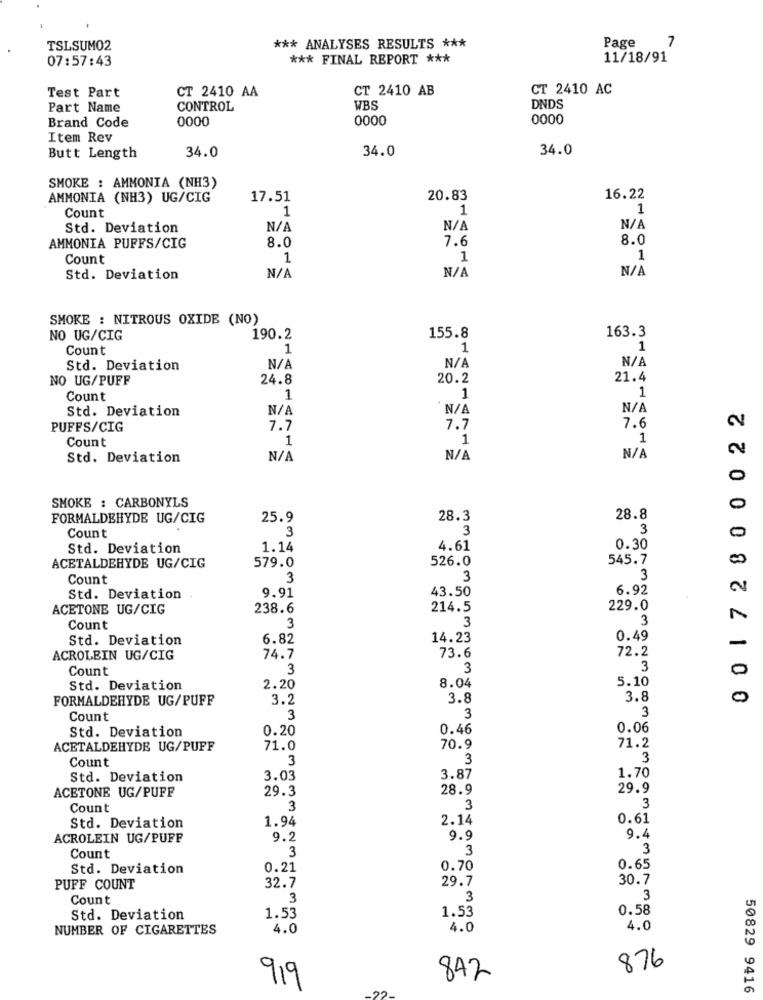
Page
TSLSUM02
*** ANALYSES RESULTS ***
7
07:57:43
*** FINAL REPORT ***
11/18/91
Test Part
CT 2410 AA
CT 2410 AB
CT 2410 AC
Part Name
CONTROL
WBS
DNDS
Brand Code
0000
0000
0000
Item Rev
34.0
34.0
Butt Length
34.0
SMOKE : AMMONIA (NH3)
AMMONIA (NH3) UG/CIG
17.51
20.83
16.22
Count
1
1
1
Std. Deviation
N/I
8.0
7.6
8.0
AMMONIA PUFFS/CIG
Count
1
1
1
Std. Deviation
SMOKE : NITROUS OXIDE (NO)
163.3
NO UG/CIG
190.2
155.8
Count
1
1
1
Std. Deviation
NO UG/PUFF
24.8
20.2
21.4
1
Count
1
1
Std. Deviation
00172800022
2
PUFFS/CIG
7.7
7.7
7.6
Count
1
1
1
2
Std. Deviation
0
SMOKE : CARBONYLS
0
FORMALDEHYDE UG/CIG
25.9
28.3
28.8
Count
3
3
3
0
Std. Deviation
1.14
4.61
0.30
526.0
545.7
ACETALDEHYDE UG/CIG
579.0
Count
3
3
3
9.91
43.50
6.92
Std. Deviation
ACETONE UG/CIG
238.6
214.5
229.0
3
3
Count
3
Std. Deviation
6.82
14.23
0.49
72.2
-
ACROLEIN UG/CIG
74.7
73.6
Count
3
3
3
0
5.10
Std. Deviation
2.20
8.04
FORMALDEHYDE UG/PUFF
3.2
3.8
3.8
0
3
Count
3
3
Std. Deviation
0.20
0.46
0.06
ACETALDEHYDE UG/PUFF
71.0
70.9
71.2
Count
3
3
3
Std. Deviation
3.03
3.87
1.70
ACETONE UG/PUFF
29.3
28.9
29.9
Count
3
3
3
1.94
2.14
0.61
Std. Deviation
ACROLEIN UG/PUFF
9.2
9.9
9.2
3
3
3
Count
Std. Deviation
0.21
0.70
0.65
29.7
30.7
PUFF COUNT
32.7
Count
3
3
3
0.58
Std. Deviation
1.53
1.53
NUMBER OF CIGARETTES
4.0
4.0
4.0
876
919
842
50829 9416